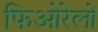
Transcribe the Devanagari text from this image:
फिओरेलों